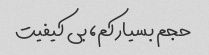
حجم بسیار کم، بی کیفیت